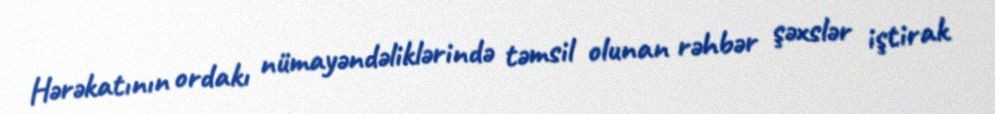
Hərəkatının ordakı nümayəndəliklərində təmsil olunan rəhbər şəxslər iştirak